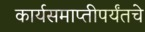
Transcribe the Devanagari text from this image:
कार्यसमाप्तीपर्यंतचे